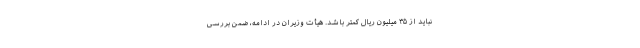
نباید از ۳۵ میلیون ریال کمتر باشد. هیأت وزیران در ادامه، ضمن بررسی